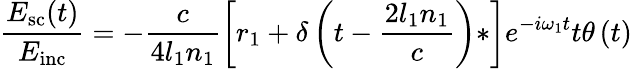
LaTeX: \frac{E_{\mathrm{sc}}(t)}{E_{\mathrm{inc}}}=-\frac{c}{4l_{1}n_{1}}\left[r_{1}+\delta\left(t-\frac{2l_{1}n_{1}}{c}\right)*\right]e^{-i\omega_{1}t}t\theta\left(t\right)